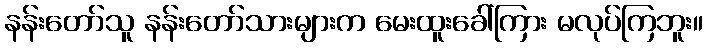
နန်းတော်သူ နန်းတော်သားများက မေးထူးခေါ်ကြား မလုပ်ကြဘူး။